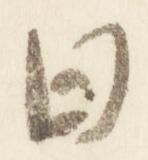
日